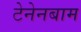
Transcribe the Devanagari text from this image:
टेनेनबाम